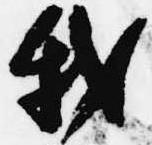
我